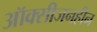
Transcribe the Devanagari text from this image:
ऑक्सीजनहीन